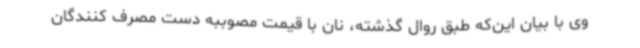
وی با بیان این‌که طبق روال گذشته، نان با قیمت مصوببه دست مصرف کنندگان